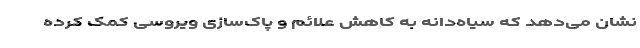
نشان می‌دهد که سیاه‌دانه به کاهش علائم و پاک‌سازی ویروسی کمک کرده